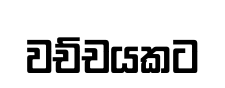
වච්චයකට